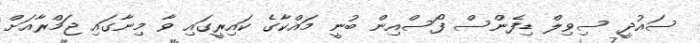
ސައުދީ ސިވިލް ޑިފެންސް ފޯސްއިން ބުނީ މައްކާގެ ކައިރީގައި ވާ މިނާގައި ޖަމްރާއަށް